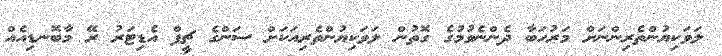
ލަވަކިޔުންތެރިންނަށް މަރުހަބާ ދެންނެވުމުގެ ގޮތުން ލަވަކިޔުންތެރިއަކަށް ސަންގެ ޗީފް އެޑިޓަރު ރޭ މާބޮނޑިއެއް